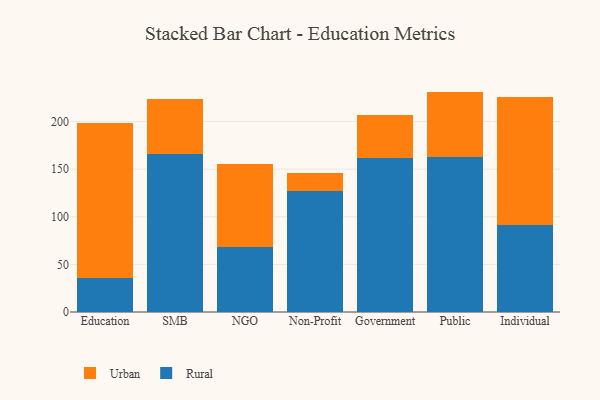
{"axis": {"x": "Segment", "y": "Bounce Rate (%)"}, "legend": ["Rural", "Urban"], "data": [{"x": "Education", "y": 35.2, "type": "Rural"}, {"x": "Education", "y": 163.5, "type": "Urban"}, {"x": "SMB", "y": 166.4, "type": "Rural"}, {"x": "SMB", "y": 57.2, "type": "Urban"}, {"x": "NGO", "y": 68.7, "type": "Rural"}, {"x": "NGO", "y": 86.5, "type": "Urban"}, {"x": "Non-Profit", "y": 127.0, "type": "Rural"}, {"x": "Non-Profit", "y": 19.1, "type": "Urban"}, {"x": "Government", "y": 161.5, "type": "Rural"}, {"x": "Government", "y": 45.2, "type": "Urban"}, {"x": "Public", "y": 162.7, "type": "Rural"}, {"x": "Public", "y": 68.7, "type": "Urban"}, {"x": "Individual", "y": 91.4, "type": "Rural"}, {"x": "Individual", "y": 134.6, "type": "Urban"}]}